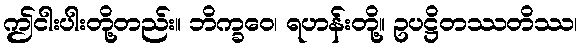
ဤငါးပါးတို့တည်း။ ဘိက္ခဝေ၊ ရဟန်းတို့။ ဥပဋ္ဌိတဿတိဿ၊